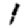
Digit: 1